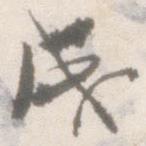
成